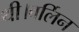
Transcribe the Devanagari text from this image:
थी।बर्लिन